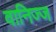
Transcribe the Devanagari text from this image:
वानिज्ज